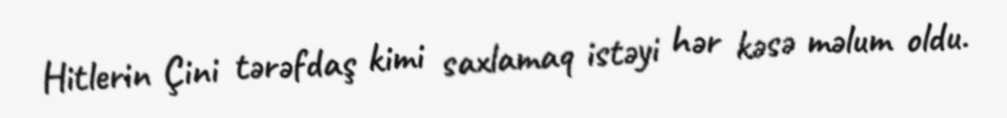
Hitlerin Çini tərəfdaş kimi saxlamaq istəyi hər kəsə məlum oldu.